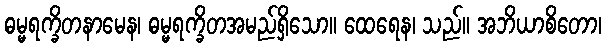
ဓမ္မရက္ခိတနာမေန၊ ဓမ္မရက္ခိတအမည်ရှိသော။ ထေရေန၊ သည်။ အဘိယာစိတော၊